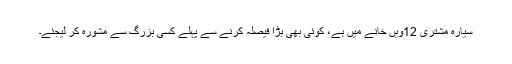
سیارہ مشتری 12ویں خانے میں ہے، کوئی بھی بڑا فیصلہ کرنے سے پہلے کسی بزرگ سے مشورہ کر لیجئے۔